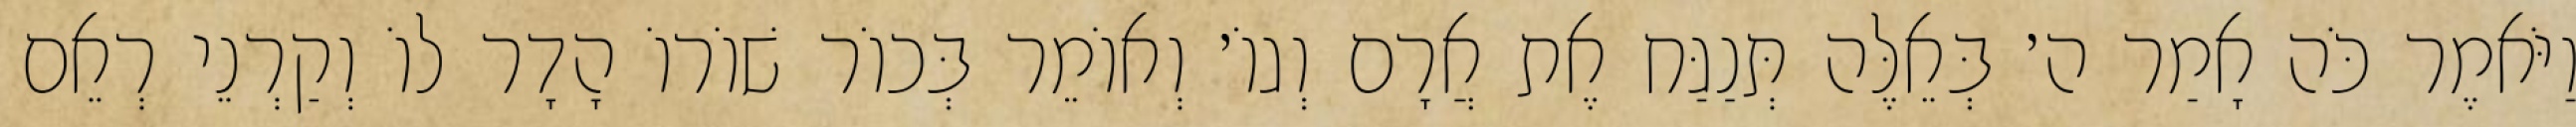
וַיֹּאמֶר כֹּה אָמַר ה׳ בְּאֵלֶּה תְּנַגַּח אֶת אֲרָם וְגוֹ׳ וְאוֹמֵר בְּכוֹר שׁוֹרוֹ הָדָר לוֹ וְקַרְנֵי רְאֵם